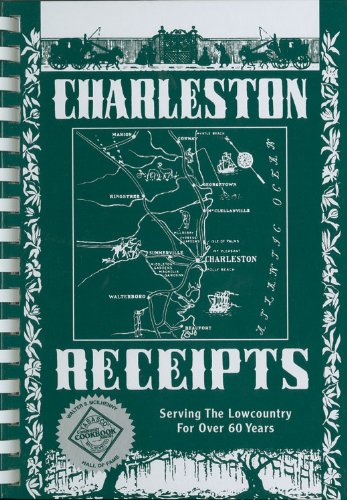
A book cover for Charleston Receipts; Cookbooks, Food & Wine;